system: You are a helpful assistant.
user:
Analyze the provided spectrum to determine if it is a **White Dwarf (WD)**.

A White Dwarf spectrum is defined by its **extreme purity** (due to gravitational settling) and/or **extreme pressure broadening** (due to high surface gravity). You must check for one of the following mutually exclusive signatures:

- **Key Visual Indicators (Check for ONE of these types):**

    - **1. DA-Type Signature (Most Common):**
        - **(Primary Feature):** Extreme pressure broadening (Stark broadening) of the **Hydrogen (H) Balmer lines**.
        - **(Key Lines):** $H\beta$ (approx. $4861$ Å) and $H\gamma$ (approx. $4340$ Å). $H\alpha$ (approx. $6563$ Å) will also be present if the wavelength range covers it.
        - **(Line Profile):** This is the **defining feature**. The lines are **NOT** sharp. They appear as massive, **extremely broad and deep "troughs" or "dips"** in the spectrum, often hundreds of Ångströms wide. The continuum will appear to "scoop" down at these wavelengths.
        - **(Distinction):** Normal A-type or B-type stars have *narrow* and *sharp* Hydrogen lines. A DA White Dwarf's lines are unmistakably "smeared" or "blurry" from pressure.

    - **2. DB-Type Signature:**
        - **(Primary Feature):** Broad absorption lines from **Neutral Helium (He I)**. The spectrum must lack any visible Hydrogen lines.
        - **(Key Lines):** Look for broad absorption near $4471$ Å, $4921$ Å, and $5876$ Å.
        - **(Line Profile):** These lines are also significantly pressure-broadened, appearing much wider than they would in a normal B-type main-sequence star.

    - **3. DC-Type Signature:**
        - **(Primary Feature):** A **featureless continuous spectrum**.
        - **(Line Profile):** The spectrum is a smooth curve with **no significant absorption or emission lines**.
        - **(Key Confirmation):** The continuum is almost always **blue or white**, indicating a hot object. This signature implies the atmosphere is so pure (or so cool) that no spectral lines are visible in the optical range. Its WD identity is confirmed by its extremely low intrinsic brightness (high absolute magnitude).

    - **4. DZ-Type Signature (Metal-Polluted):**
        - **(Primary Feature):** **Isolated, narrow metal absorption lines** on an otherwise featureless (DC-like) continuum.
        - **(Key Lines):** The **Calcium (Ca II) H & K doublet** (approx. **$3934$ Å** and **$3968$ Å**) is the most common and defining feature.
        - **(Line Profile):** These lines are "out of place." They are *not* part of a "forest" of thousands of lines. This signature is evidence of recent *accretion* (pollution) from rocky debris.
        - **(Distinction):** Normal G/K/M stars have a *dense forest* of thousands of metal lines. A DZ has a *clean* continuum with *only a few* strong metal lines.

    - **5. DQ-Type Signature (Carbon-Polluted):**
        - **(Primary Feature):** Absorption bands from **Carbon (C₂ "Swan Bands" or atomic C I)**.
        - **(Key Lines - C₂):** Look for bandheads with a "saw-tooth" shape near $5635$ Å, **$5165$ Å** (strongest), and $4737$ Å.
        - **(Key Confirmation):** The underlying **continuum must be blue or white** (hot).
        - **(Distinction):** This is the critical difference from a **Carbon Star**, which has the *exact same* C₂ bands but on an extremely **red, cool** continuum.

- **(Overall Spectrum):**
    - The continuum (overall shape) is typically **blue-sloping** (brighter in the blue than the red), as most white dwarfs are very hot.
    - The spectrum will look "pure" or "simple," dominated by only *one* of the five signatures listed above.

Think first, call **spectral_visualization_tool** if needed to examine features in detail, then provide your final answer. Your response must adhere to the following strict rules:
1.  **Overall Structure:** Your response must follow the format `<think>...</think> <tool_call>...</tool_call> (if a tool is used) <answer>...</answer>`.
2.  **Tool Usage Constraint:** You may only make **one** tool call per turn.
3.  **Final Answer Format:** In the `<answer>` tag, your conclusion must be inside a `\boxed{}` command (e.g., `\boxed{YES}` or `\boxed{NO}`), followed by your justification.

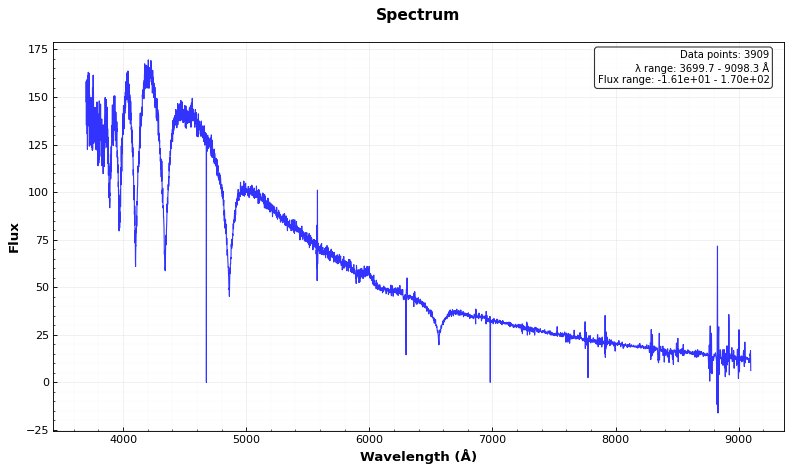
Answer: YES